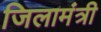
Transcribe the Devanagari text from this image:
जिलामंत्री